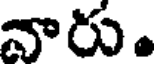
వారు.